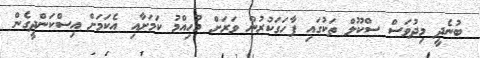
ބުނެދީ މިދުވަސް ސްކޫލް ތަކުގައި ފާހަގަކުރުން ވަރަށް މުހިއްމު ކަމަށާއި އެކަމަށް އިސްކަންދީގެން